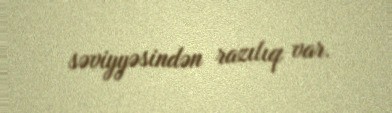
səviyyəsindən razılıq var.